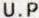
U.P